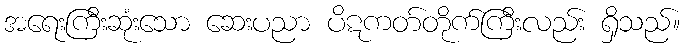
အရေးကြီးဆုံးသော ဆေးပညာ ပိဋကတ်တိုက်ကြီးလည်း ရှိသည်။